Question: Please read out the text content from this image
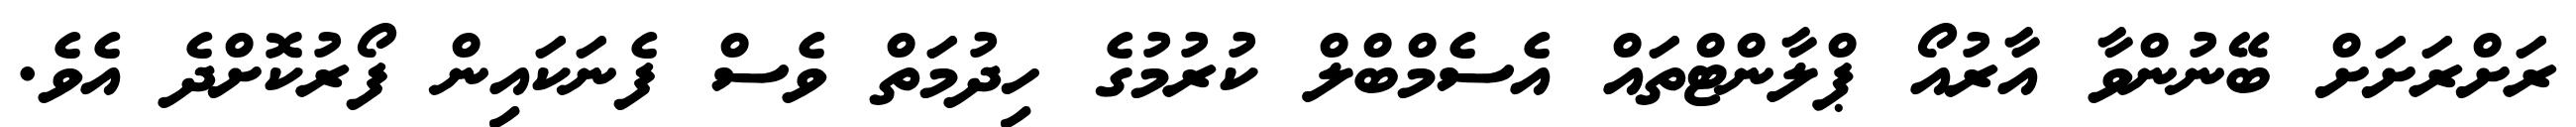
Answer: ރަށްރަށަށް ބޭނުންވާ އާރުއޯ ޕްލާންޓްތައް އެސެމްބްލް ކުރުމުގެ ހިދުމަތް ވެސް ފެނަކައިން ފޯރުކޮށްދެ އެވެ.